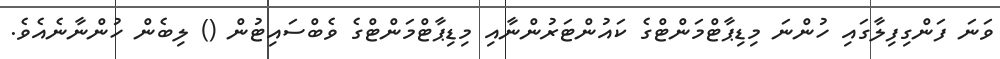
ވަނަ ފަންގިފިލާގައި ހުންނަ މިޑިޕާޓްމަންޓްގެ ކައުންޓަރުންނާއި މިޑިޕާޓްމަންޓްގެ ވެބްސައިޓުން () ލިބެން ހުންނާނެއެވެ.